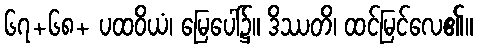
၆၇+၆၈+ ပထဝိယံ၊ မြေပေါ်၌။ ဒိဿတိ၊ ထင်မြင်လေ၏။